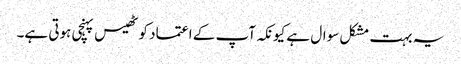
یہ بہت مشکل سوال ہے کیونکہ آپ کے اعتماد کو ٹھیس پہنچی ہوتی ہے۔